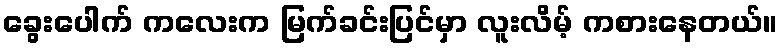
ခွေးပေါက် ကလေးက မြက်ခင်းပြင်မှာ လူးလိမ့် ကစားနေတယ်။